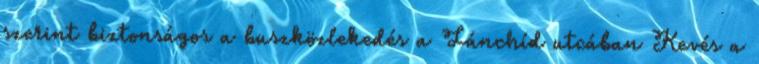
szerint biztonságos a buszközlekedés a Lánchíd utcában Kevés a